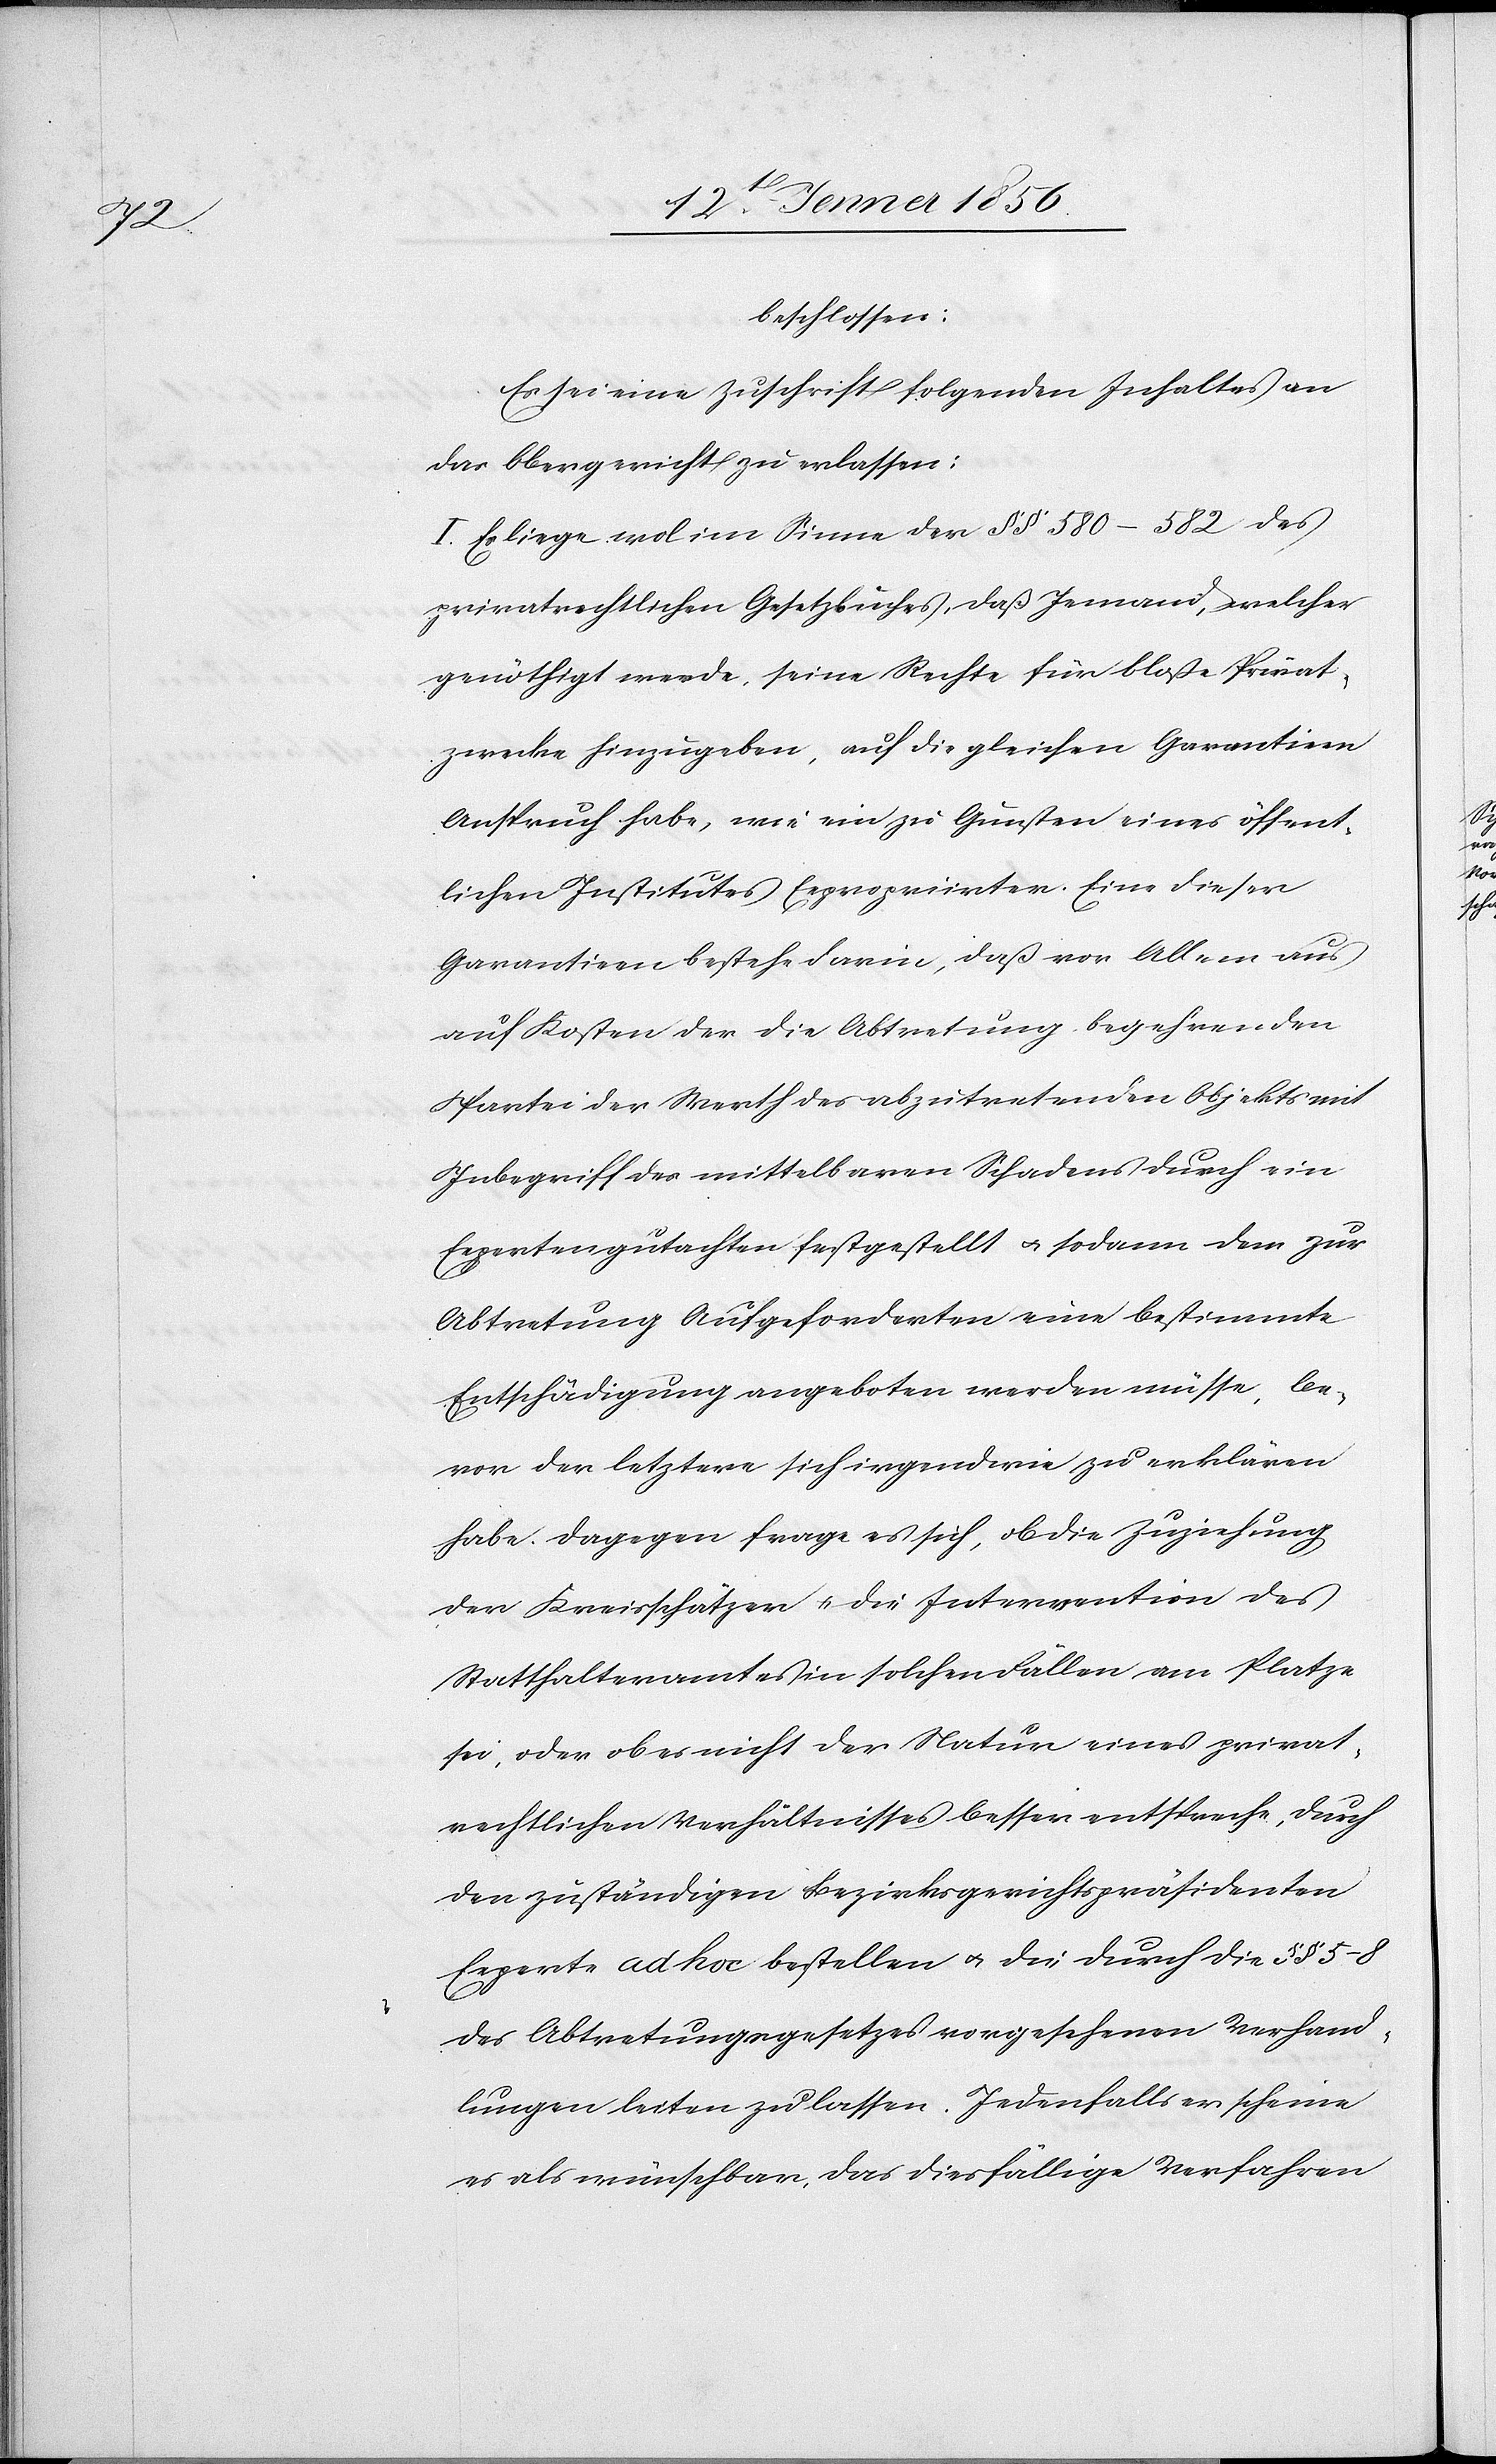
beschlossen:
Es sei eine Zuschrift folgenden Inhaltes an
das Obergericht zu erlassen:
I. Es liege wol im Sinne der §§ 580–582 des
privatrechtlichen Gesetzbuches, daß Jemand, welcher
genöthigt werde, seine Rechte für bloße Privat¬
zwecke hinzugeben, auf die gleichen Garantieen
Anspruch habe, wie ein zu Gunsten eines öffent¬
lichen Institutes Expropriirten. Eine dieser
Garantieen bestehe darin, daß vor Allem aus
auf Kosten der die Abtretung begehrenden
Partei der Werth des abzutretenden Objekts mit
Inbegriff des mittelbaren Schadens durch ein
Expertengutachten festgestellt u. sodann dem zur
Abtretung Aufgeforderten eine bestimmte
Entschädigung angeboten werden müsse, be¬
vor der letztere sich irgendwie zu erklären
habe. Dagegen frage es sich, ob die Zuziehung
der Kreisschätzer u. die Intervention des
Statthalteramtes in solchen Fällen am Platze
sei, oder ob es nicht der Natur eines privat¬
rechtlichen Verhältnisses besser entspreche, durch
den zuständigen Bezirksgerichtspräsidenten
Experte ad hoc bestellen u. die durch die §§ 5–8
des Abtretungsgesetzes vorgesehenen Verhand¬
lungen leiten zu lassen. Jedenfalls erscheine
es als wünschbar, das diesfällige Verfahren